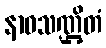
နာဝသဏ္ဌိတံ